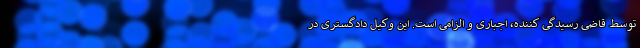
توسط قاضی رسیدگی کننده، اجباری و الزامی است. این وکیل دادگستری در